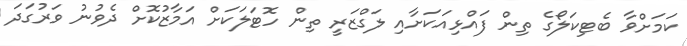
ކަމަށްވާ ބެޓިކަލޯގެ ތިން ފައްޅިއަކަށާއި ލަގްޒަރީ ތިން ހޮޓަލަކަށް އަމާޒުކޮށް ދެވުނު ވަރުގަދަ